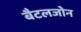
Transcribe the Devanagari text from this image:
बैटलजोन